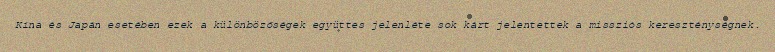
Kína és Japán esetében ezek a különbözőségek együttes jelenléte sok kárt jelentettek a missziós kereszténységnek.